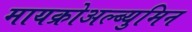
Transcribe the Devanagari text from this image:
मायक्रोअल्ब्युमिन